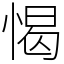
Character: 愒